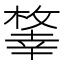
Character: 𢆨